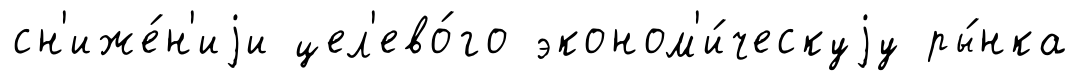
сн'иже́н'иjи цел'ево́го эконом'и́ческуjу ры́нка